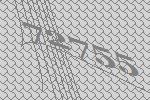
72755